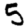
Digit: 5